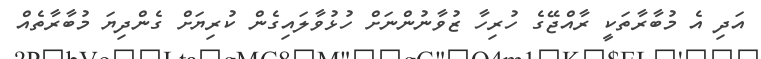
އަދި އެ މުބާރާތަކީ ރާއްޖޭގެ ހުރިހާ ޒުވާނުންނަށް ހުޅުވާލައިގެން ކުރިޔަށް ގެންދިޔަ މުބާރާތެއް